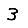
Digit: 3